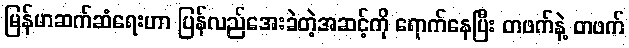
မြန်မာဆက်ဆံရေးဟာ ပြန်လည်အေးခဲတဲ့အဆင့်ကို ရောက်နေပြီး တဖက်နဲ့ တဖက်